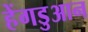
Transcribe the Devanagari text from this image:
हेंगडुआन